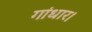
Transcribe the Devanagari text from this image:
गांधार।